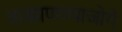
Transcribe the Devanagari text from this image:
वाखाणण्याजोगे